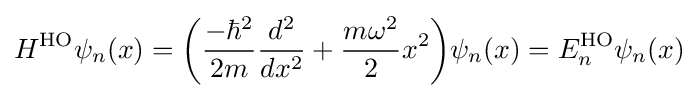
H^{\rm {HO}}\psi _{n}(x)={\bigg (}{\frac {-\hbar ^{2}}{2m}}{\frac {d^{2}}{dx^{2}}}+{\frac {m\omega ^{2}}{2}}x^{2}{\bigg )}\psi _{n}(x)=E_{n}^{\rm {HO}}\psi _{n}(x)